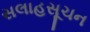
સલાહસૂચન